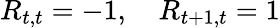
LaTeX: R_{t,t}=-1,\quad R_{t+1,t}=1